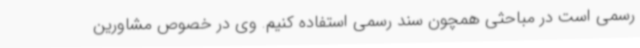
رسمی است در مباحثی همچون سند رسمی استفاده کنیم. وی در خصوص مشاورین